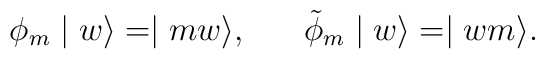
\phi_{m} \mid w \rangle = \mid mw \rangle , \;\;\;\;\;\; \tilde{\phi}_{m} \mid w \rangle = \mid wm \rangle .